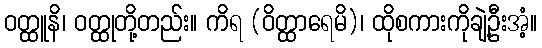
ဝတ္ထူနိ၊ ဝတ္ထုတို့တည်း။ ကိရ (ဝိတ္ထာရေမိ)၊ ထိုစကားကိုချဲ့ဦးအံ့။